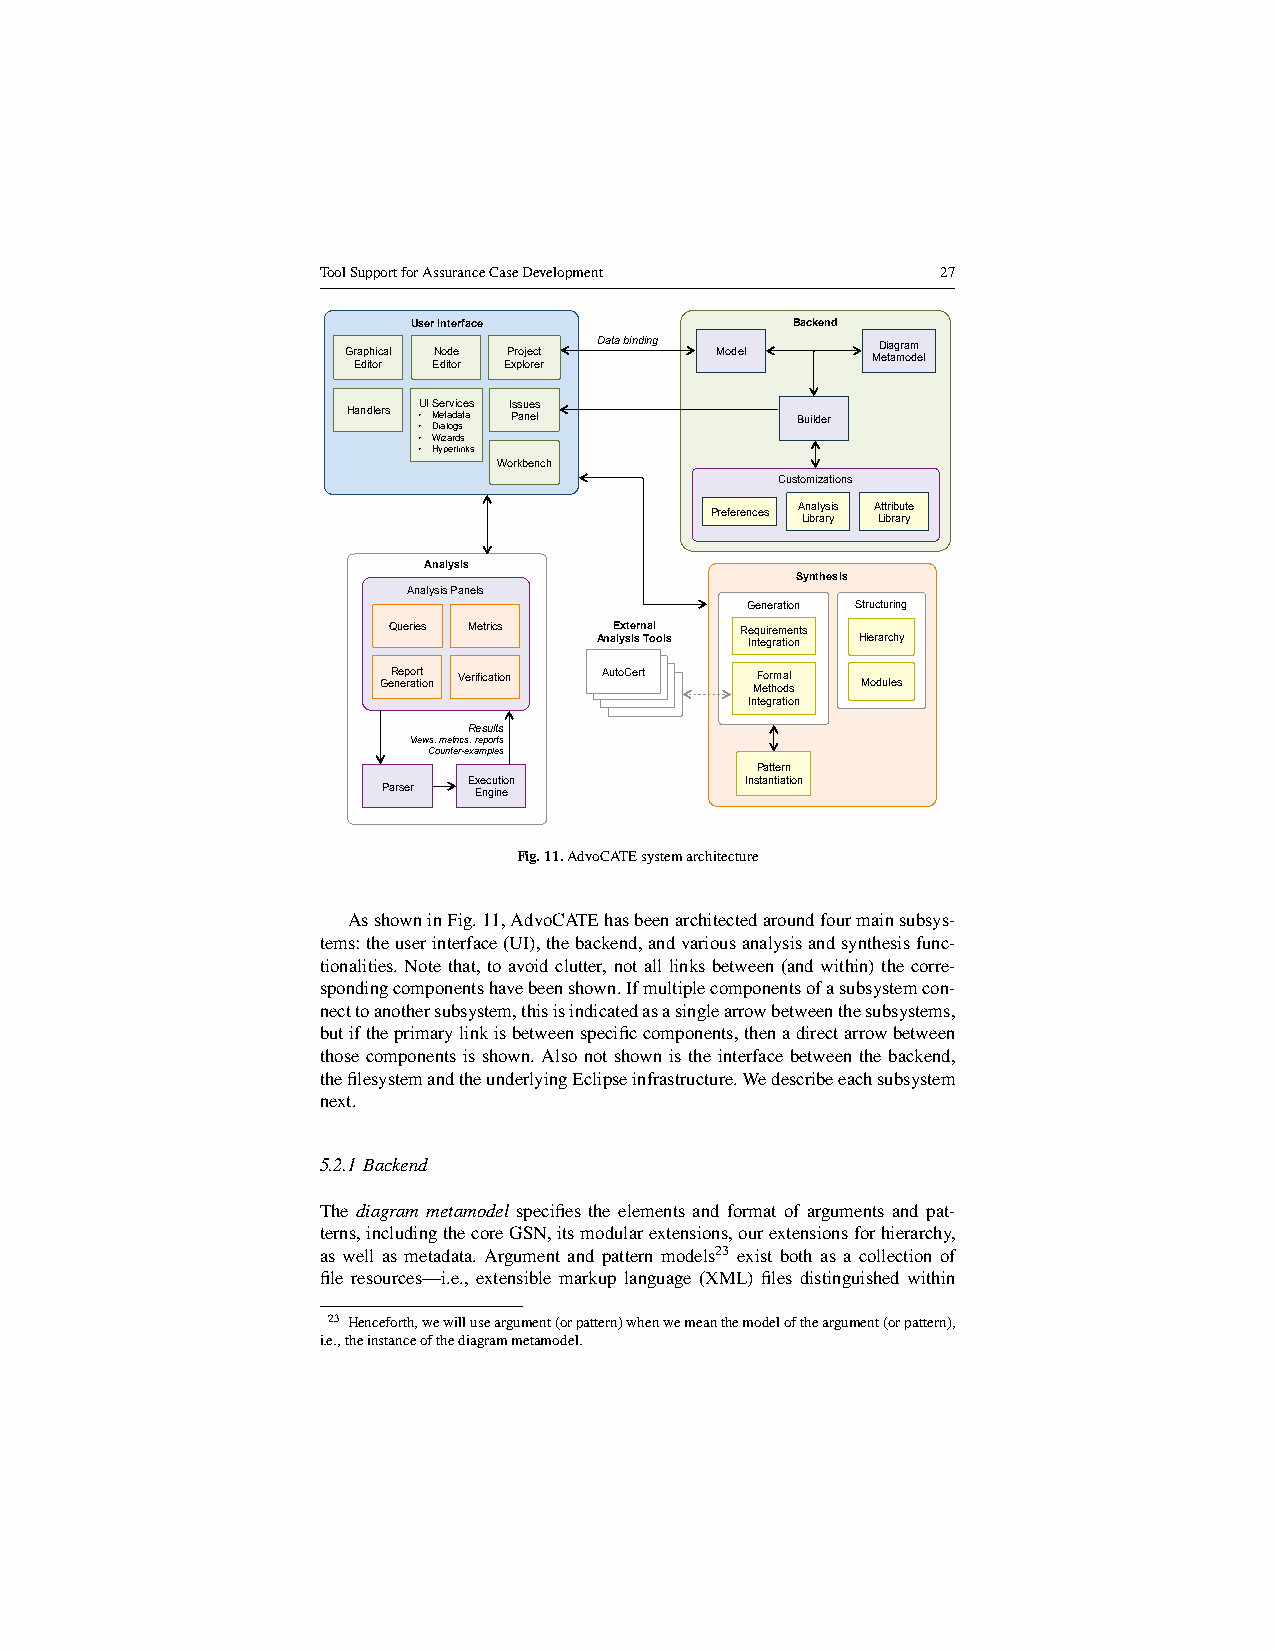
ToolSupportforAssuranceCaseDevelopment   27
 User Interface           Backend
 Data binding      Diagram
 Graphical Node Project  Model      Metamodel
 Editor Editor Explorer
 UI Services Issues
 Handlers • Metadata Panel     Builder
 • Dialogs
 • Wizards
 • Hyperlinks
 Workbench
 Customizations
 Analysis Attribute
 Preferences Library Library
 Analysis
 Synthesis
 Analysis Panels
 Generation Structuring
 Queries Metrics External Requirements
 Analysis Tools Integration Hierarchy
 GeR ne ep rao tr it o n Verification AutoCert MF eo tr hm oa dl s Modules
 Integration
 Results
 Views, metrics, reports
 Counter-examples
 Pattern
 Execution         Instantiation
 Parser Engine
 Fig.11.AdvoCATEsystemarchitecture
 AsshowninFig.11,AdvoCATEhasbeenarchitectedaroundfourmainsubsys-
 tems:theuserinterface(UI),thebackend,andvariousanalysisandsynthesisfunc-
 tionalities. Note that, to avoid clutter, not all links between (and within) the corre-
 spondingcomponentshavebeenshown.Ifmultiplecomponentsofasubsystemcon-
 necttoanothersubsystem,thisisindicatedasasinglearrowbetweenthesubsystems,
 butiftheprimarylinkisbetweenspecificcomponents,thenadirectarrowbetween
 those components is shown. Also not shown is the interface between the backend,
 thefilesystemandtheunderlyingEclipseinfrastructure.Wedescribeeachsubsystem
 next.
 5.2.1 Backend
 The diagram metamodel specifies the elements and format of arguments and pat-
 terns,includingthecoreGSN,itsmodularextensions,ourextensionsforhierarchy,
 as well as metadata. Argument and pattern models23 exist both as a collection of
 file resources—i.e., extensible markup language (XML) files distinguished within
 23 Henceforth,wewilluseargument(orpattern)whenwemeanthemodeloftheargument(orpattern),
 i.e.,theinstanceofthediagrammetamodel.